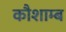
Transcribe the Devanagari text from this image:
कौशाम्ब